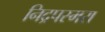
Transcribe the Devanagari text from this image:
निद्रपस्मरा